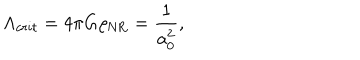
\Lambda _ { c r i t } = 4 \pi G \rho _ { \mathrm { N R } } = \frac { 1 } { a _ { 0 } ^ { 2 } } ,